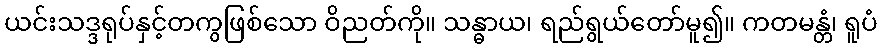
ယင်းသဒ္ဒရုပ်နှင့်တကွဖြစ်သော ဝိညတ်ကို။ သန္ဓာယ၊ ရည်ရွယ်တော်မူ၍။ ကတမန္တံ၊ ရူပံ